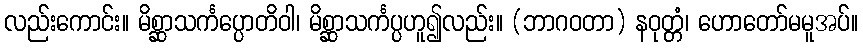
လည်းကောင်း။ မိစ္ဆာသင်္ကပ္ပောတိဝါ၊ မိစ္ဆာသင်္ကပ္ပဟူ၍လည်း။ (ဘာဂဝတာ) နဝုတ္တံ၊ ဟောတော်မမူအပ်။